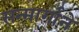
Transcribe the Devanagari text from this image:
सन्मार्गाने